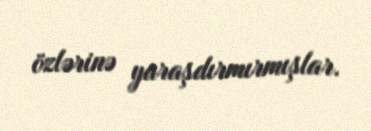
özlərinə yaraşdırmırmışlar.